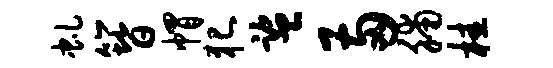
虬簪帽犯监两脯桂